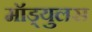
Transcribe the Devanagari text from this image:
मॉड्युलस